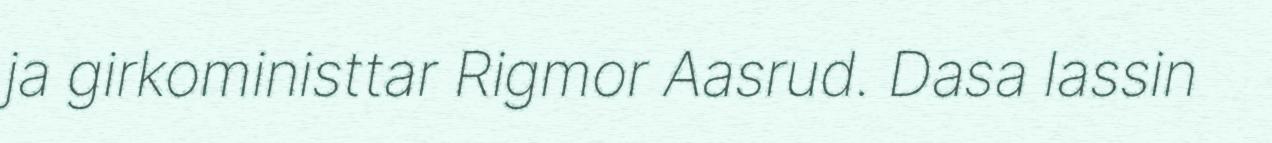
ja girkoministtar Rigmor Aasrud. Dasa lassin